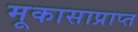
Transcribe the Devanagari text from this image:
मूकासाप्राप्त